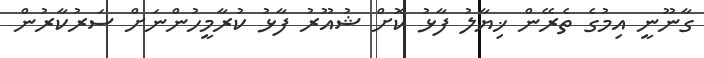
ގާނޫނީ އިމުގެ ތެރޭން ޚިޔާލު ފާޅު ކޮށް ޝުއޫރު ފާޅު ކުރާމީހުންނަށް ސަރުކާރުން